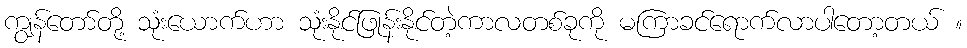
ကျွန်တော်တို့ သုံးယောက်ဟာ သုံးနိုင်ဖြုန်းနိုင်တဲ့ကာလတစ်ခုကို မကြာခင်ရောက်လာပါတော့တယ် ။